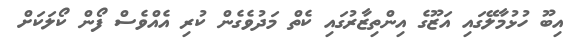
އިބޫ ހުޅުމާލޭގައި އަޒޫގެ އިންތިޒާރުގައި ކެތް މަދުވެގެން ކުރި އެއްވެސް ފޯން ކޯލަކަށް